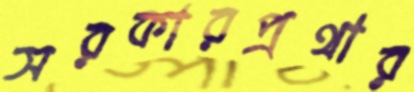
সরকারপ্রথার